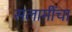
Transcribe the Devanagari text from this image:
सलामींचा